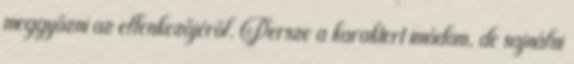
meggyőzni az ellenkezőjéről. Persze a karaktert imádom, de sajnálni